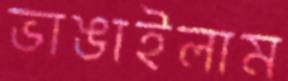
ভাঙাইলাম